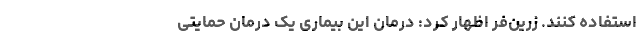
استفاده کنند. زرین‌فر اظهار کرد: درمان این بیماری یک درمان حمایتی